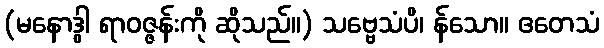
(မနောဒွါ ရာဝဇ္ဇန်းကို ဆိုသည်။) သဗ္ဗေသံပိ၊ န်သော။ ဧတေသံ